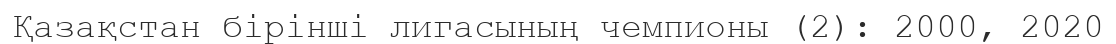
Қазақстан бірінші лигасының чемпионы (2): 2000, 2020